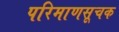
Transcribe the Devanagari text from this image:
परिमाणसूचक